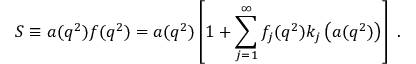
S \equiv a ( q ^ { 2 } ) f ( q ^ { 2 } ) = a ( q ^ { 2 } ) \left[ 1 + \sum _ { j = 1 } ^ { \infty } f _ { j } ( q ^ { 2 } ) k _ { j } \left( a ( q ^ { 2 } ) \right) \right] \ .